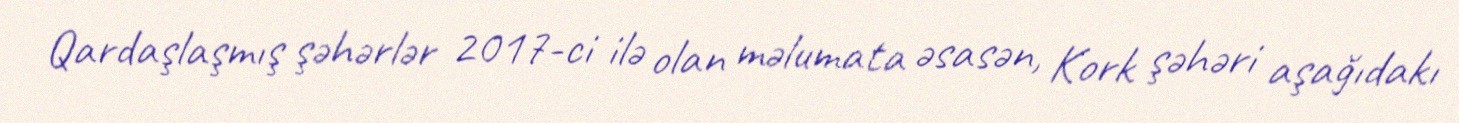
Qardaşlaşmış şəhərlər 2017-ci ilə olan məlumata əsasən, Kork şəhəri aşağıdakı